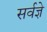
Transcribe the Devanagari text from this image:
सर्वज्ञे